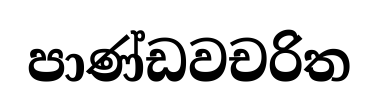
පාණ්ඩවචරිත